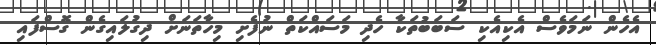
އެހެން ނަމަވެސް އެކިއެކި ސަބަބުތަކާ ހެދި މަސައްކަތް ނުފެށި މިހާތަނަށް ދިގުލައިގެން ގޮސްފައި